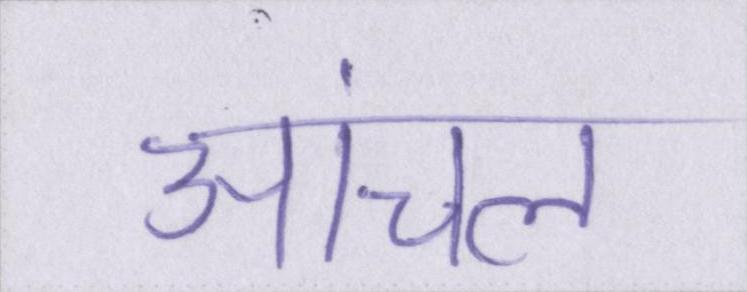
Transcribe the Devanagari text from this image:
आंचल